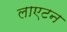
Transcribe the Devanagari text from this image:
लाएटन